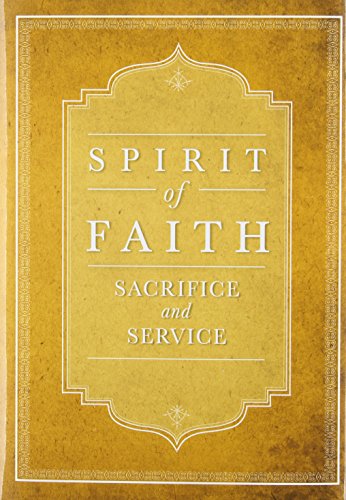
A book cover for Sacrifice and Service (Spirit of Faith); Religion & Spirituality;